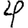
Digit: 4